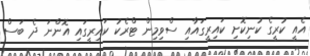
އެއީ ކުރީގެ ކުނިކޮށި ކައިރީގައާއި ސްވިމިން ޓްރެކު ކައިރީގައި އޮންނަ ދެ ބަސް